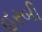
હરબી